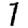
Digit: 7